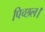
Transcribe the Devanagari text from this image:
पिच्छल।